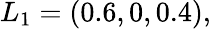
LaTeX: L_{1}=(0.6,0,0.4),